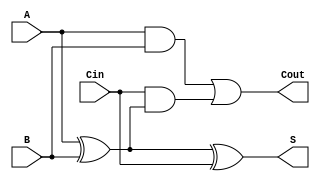
module FullAdder (
    input A,
    input B,
    input Cin,
    output S,
    output Cout
);
    assign S = A ^ B ^ Cin; // Sum
    assign Cout = (A & B) | (Cin & (A ^ B)); // Carry out
endmodule